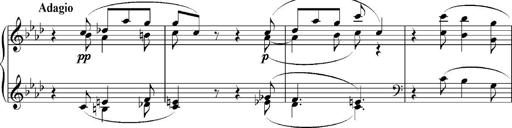
Title: Sonatina No.5
Composer: Otto Stoll
Key: F-sharp minor